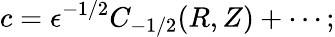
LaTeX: c=\epsilon^{-1/2}C_{-1/2}(R,Z)+\cdots;